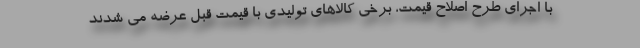
با اجرای طرح اصلاح قیمت، برخی کالاهای تولیدی با قیمت قبل عرضه می شدند